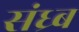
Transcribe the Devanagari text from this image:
संध्र्ब